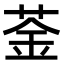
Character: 菳